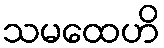
သမထေဟိ